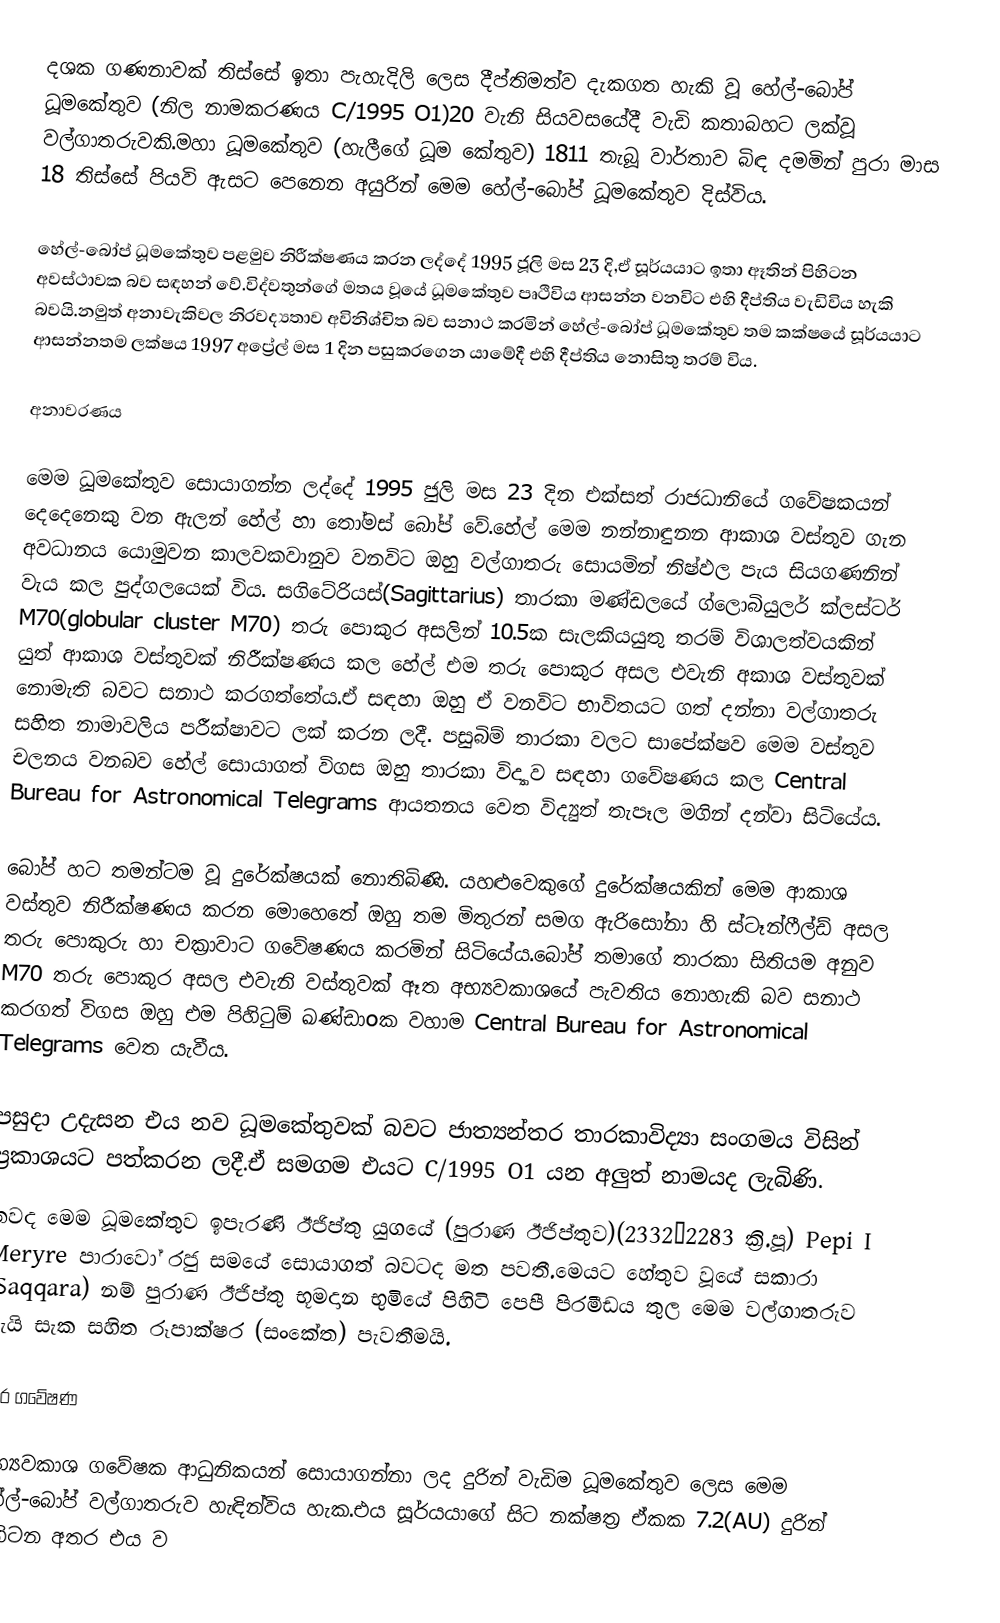
දශක ගණනාවක් තිස්සේ  ඉතා පැහැදිලි ලෙස දීප්තිමත්ව දැකගත හැකි වූ හේල්-බෝප් ධූමකේතුව (නිල නාමකරණය C/1995 O1)20 වැනි සියවසයේදී වැඩි කතාබහට ලක්වූ වල්ගාතරුවකි.මහා ධූමකේතුව (හැලීගේ ධූම කේතුව) 1811 තැබූ  වාර්තාව බිඳ  දමමින් පුරා මාස 18 තිස්සේ පියවි ඇසට පෙනෙන අයුරින් මෙම හේල්-බෝප් ධූමකේතුව දිස්විය.

හේල්-බෝප් ධූමකේතුව පළමුව නිරීක්ෂණය කරන ලද්දේ 1995 ජූලි මස  23 දි,ඒ සූර්යයාට ඉතා ඈතින් පිහිටන අවස්ථාවක බව සඳහන් වේ.විද්වතුන්ගේ මතය වූයේ ධූමකේතුව පෘථිවිය ආසන්න වනවිට එහි දීප්තිය වැඩිවිය හැකි බවයි.නමුත් අනාවැකිවල නිරවද්‍යතාව අවිනිශ්චිත බව සනාථ කරමින් හේල්-බෝප් ධූමකේතුව තම කක්ෂයේ සූර්යයාට ආසන්නතම ලක්ෂය 1997 අප්‍රේල් මස 1 දින  පසුකරගෙන යාමේදී එහි දීප්තිය නොසිතු තරම් විය.

අනාවරණය

මෙම ධූමකේතුව සොයාගන්න ලද්දේ 1995 ජුලි මස 23 දින එක්සත් රාජධානියේ ගවේෂකයන් දෙදෙනෙකු වන ඇලන් හේල් හා තෝමස් බෝප් වේ.හේල් මෙම නන්නාඳුනන ආකාශ වස්තුව ගැන අවධානය යොමුවන කාලවකවානුව වනවිට ඔහු  වල්ගාතරු සොයමින්  නිෂ්ඵල පැය සියගණනින් වැය කල පුද්ගලයෙක් විය. සගිටේරියස්(Sagittarius) තාරකා මණ්ඩලයේ  ග්ලොබියුලර් ක්ලස්ටර් M70(globular cluster M70) තරු පොකුර අසලින් 10.5ක සැලකියයුතු  තරම් විශාලත්වයකින් යුත් ආකාශ වස්තුවක් නිරීක්ෂණය කල හේල් එම තරු පොකුර අසල එවැනි අකාශ වස්තුවක් නොමැති බව‍ට සනාථ කරගත්තේය.ඒ සඳහා ඔහු ඒ වනවිට භාවිතයට ගත් දන්නා වල්ගාතරු සහිත නාමාවලිය පරීක්ෂාවට ලක් කරන ලදී. පසුබිම් තාරකා වලට සාපේක්ෂව මෙම වස්තුව චලනය වනබව හේල් සොයාගත් විගස ඔහු තාරකා විද්‍යාව සඳහා ගවේෂණය කල Central Bureau for Astronomical Telegrams ආයතනය වෙත විද්‍යුත් තැපෑල මගින් දන්වා සිටියේය.

බෝප් හට තමන්ටම වූ දුරේක්ෂයක් නොතිබිණි. යහළුවෙකුගේ දුරේක්ෂයකින් මෙම ආකාශ වස්තුව නිරීක්ෂණය කරන මොහෙතේ ඔහු තම මිතුරන්  සමග ඇරිසෝනා හි ස්ටෑන්ෆීල්ඩ් අසල තරු පොකුරු හා චක්‍රාවාට ගවේෂණය කරමින් සිටියේය.බෝප් තමාගේ තාරකා සිතියම අනුව M70 තරු පොකුර අසල එවැනි වස්තුවක් ඈත අභ්‍යවකාශයේ පැවතිය නොහැකි බව සනාථ කරගත් විගස ඔහු එම පිහිටුම් ඛණ්ඩාoක වහාම Central Bureau for Astronomical Telegrams  වෙත යැවීය.

පසුදා උදැසන එය නව ධූමකේතුවක් බවට ජාත්‍යන්තර තාරකාවිද්‍යා සංගමය විසින් ප්‍රකාශයට පත්කරන ලදී.ඒ සමගම එයට C/1995 O1 යන අලුත් නාමයද ලැබිණි.
තවද මෙම ධූමකේතුව ඉපැරණි ඊජිප්තු යුගයේ (පුරාණ ඊජිප්තුව)(2332–2283 ක්‍රි.පූ) Pepi I Meryre පාරාවෝ රජු සමයේ සොයාගත් බවටද මත පවතී.මෙයට හේතුව වූයේ සකාරා (Saqqara) නම් පුරාණ ඊජිප්තු භූමදාන භුමියේ පිහිටි පෙපී පිරමීඩය තුල මෙම වල්ගාතරුව යැයි සැක සහිත රූපාක්ෂර (සංකේත) පැවතීමයි.

පෙර ගවේෂණ

අභ්‍යවකාශ ගවේෂක ආධුනිකයන් සොයාගන්නා ලද දුරින් වැඩිම ධූමකේතුව ලෙස මෙම හේල්-බෝප් වල්ගාතරුව හැඳින්විය හැක.එය සූර්යයාගේ සිට නක්ෂත්‍ර ඒකක 7.2(AU) දුරින් පිහිටන අතර එය ව